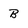
Character: B